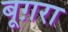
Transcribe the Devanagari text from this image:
बूग़रा